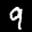
Label: 9